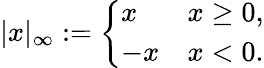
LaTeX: |x|_{\infty}:={\left\{ \begin{array}{ll}{x}&{x\geq 0,}\\ {-x}&{x<0.}\end{array}\right.}